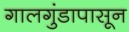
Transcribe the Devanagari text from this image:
गालगुंडापासून